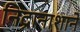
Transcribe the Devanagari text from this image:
निद्रानाशाने